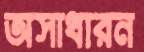
অসাধারন